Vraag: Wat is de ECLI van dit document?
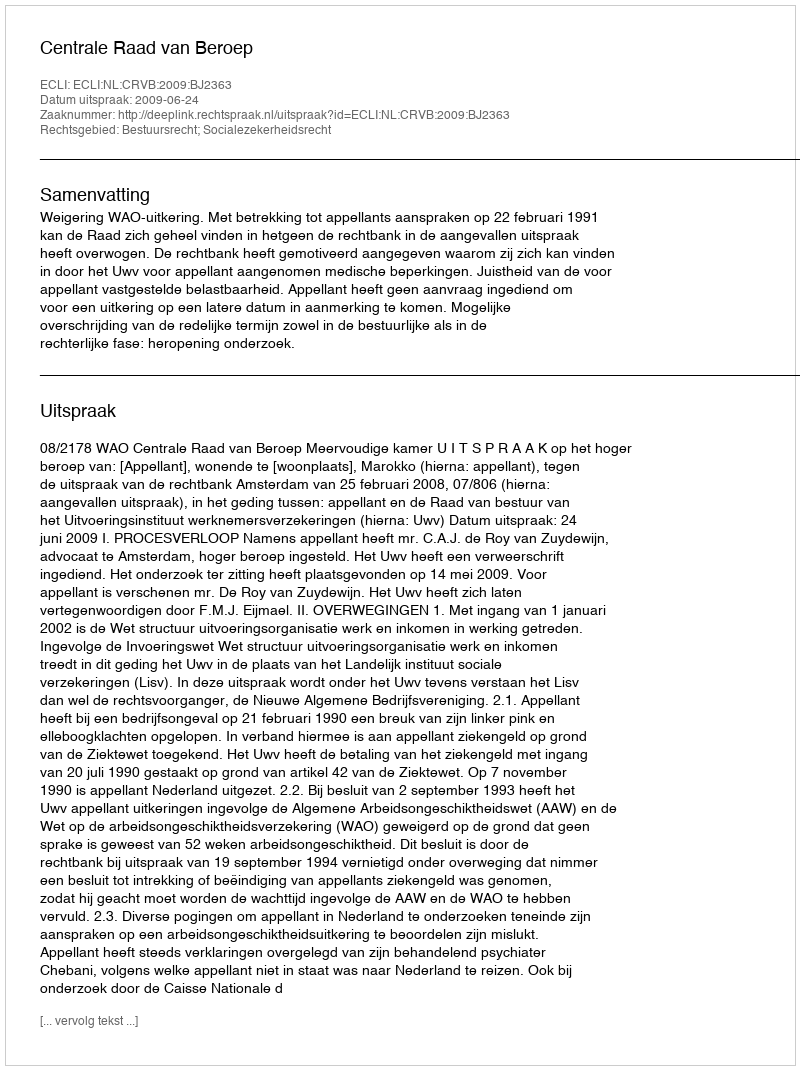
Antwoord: ECLI:NL:CRVB:2009:BJ2363